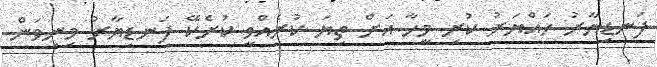
ފަނޑިޔާރު ހައްޔަރު ކުރި މީހާ އަށް ތިޔަ ކުރެއްވީ ކުށެކޭ ފަނޑިޔާރު މިނިވަން